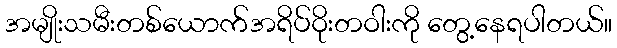
အမျိုးသမီးတစ်ယောက်အရိပ်ဝိုးတဝါးကို တွေ့နေရပါတယ်။